Indian journal of veterinary science and animal husbandry - Volumes 26-27, 1956-1957
Year: 1956
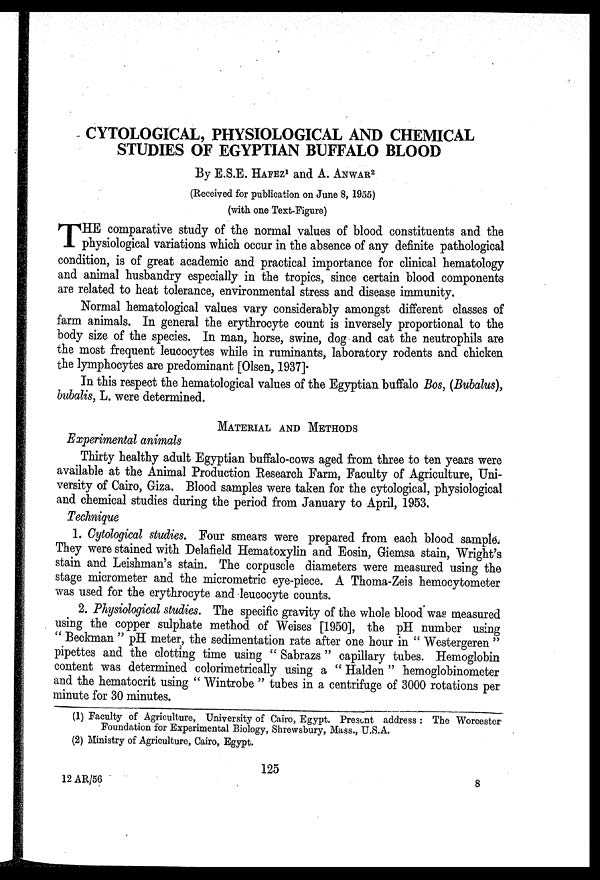
CYTOLOGICAL, PHYSIOLOGICAL AND CHEMICAL
STUDIES OF EGYPTIAN BUFFALO BLOOD
By E.S.E. HAFEZ 1 and A. ANWAR 2
(Received for publication on June 8, 1955)
(with one Text-Figure)
T HE comparative study of the normal values of blood constituents and the
physiological variations which occur in the absence of any definite pathological
condition, is of great academic and practical importance for clinical hematology
and animal husbandry especially in the tropics, since certain blood components
are related to heat tolerance, environmental stress and disease immunity.
Normal hematological values vary considerably amongst different classes of
farm animals. In general the erythrocyte count is inversely proportional to the
body size of the species. In man, horse, swine, dog and cat the neutrophils are
the most frequent leucocytes while in ruminants, laboratory rodents and chicken
the lymphocytes are predominant [Olsen, 1937].
In this respect the hematological values of the Egyptian buffalo Bos, (Bubalus),
bubalis, L. were determined.
MATERIAL AND METHODS
Experimental animals
Thirty healthy adult Egyptian buffalo-cows aged from three to ten years were
available at the Animal Production Research Farm, Faculty of Agriculture, Uni-
versity of Cairo, Giza. Blood samples were taken for the cytological, physiological
and chemical studies during the period from January to April, 1953.
Technique
1. Cytological studies. Four smears were prepared from each blood sample.
They were stained with Delafield Hematoxylin and Eosin, Giemsa stain, Wright's
stain and Leishman's stain. The corpuscle diameters were measured using the
stage micrometer and the micrometric eye-piece. A Thoma-Zeis hemocytometer
was used for the erythrocyte and leucocyte counts.
2. Physiological studies. The specific gravity of the whole blood was measured
using the copper sulphate method of Weises [1950], the pH number using
" Beckman " pH meter, the sedimentation rate after one hour in " Westergeren "
pipettes and the clotting time using " Sabrazs " capillary tubes. Hemoglobin
content was determined colorimetrically using a " Halden " hemoglobinometer
and the hematocrit using " Wintrobe " tubes in a centrifuge of 3000 rotations per
minute for 30 minutes.
(1) Faculty of Agriculture, University of Cairo, Egypt. Present address : The Worcester
Foundation for Experimental Biology, Shrewsbury, Mass., U.S.A.
(2) Ministry of Agriculture, Cairo, Egypt.
125
12 AR/56
8